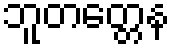
ဘူတတ္တေန